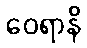
ဝေရာနိ